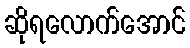
ဆိုရလောက်အောင်